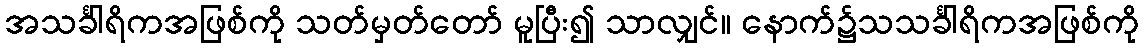
အသင်္ခါရိကအဖြစ်ကို သတ်မှတ်တော် မူပြီး၍ သာလျှင်။ နောက်၌သသင်္ခါရိကအဖြစ်ကို